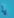
يا